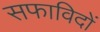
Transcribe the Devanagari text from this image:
सफाविदों